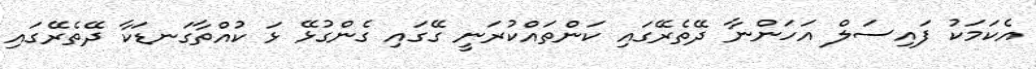
އެކަމަކު ފައިސަލް އަހަންނާ ދޭތެރޭގައި ކަންތައްކުރަނީ ގޭގައި ގެންގުޅޭ ޅަ ކުއްތާގަނޑަކާ ދޭތެރޭގައި